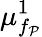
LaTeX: \mu_{f_{\mathcal P}}^{1}